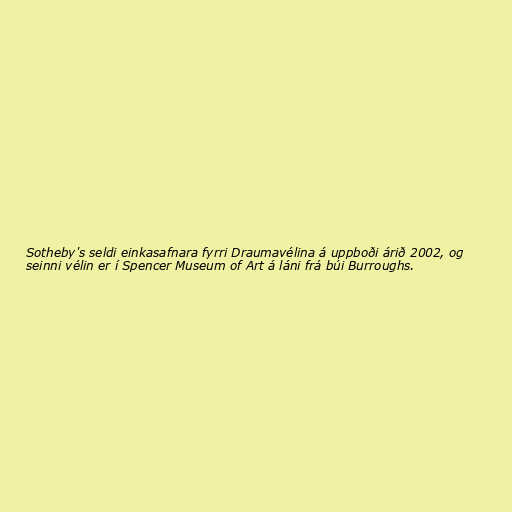
Sotheby's seldi einkasafnara fyrri Draumavélina á uppboði árið 2002, og
seinni vélin er í Spencer Museum of Art á láni frá búi Burroughs.